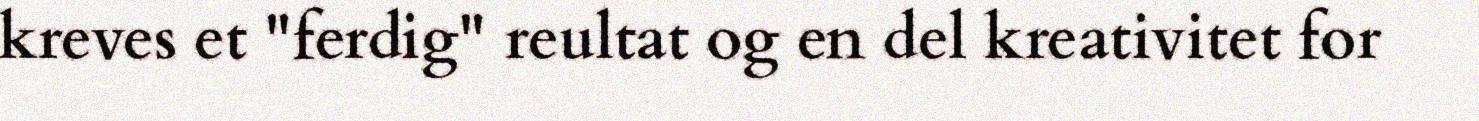
kreves et "ferdig" reultat og en del kreativitet for